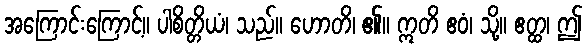
အကြောင်းကြောင့်။ ပါစိတ္တိယံ၊ သည်။ ဟောတိ၊ ၏။ ဣတိ ဧဝံ၊ သို့။ ဧတ္ထ၊ ဤ